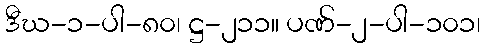
ဒီဃ-၁-ပါ-၈၀၊ ဋ္ဌ-၂၁၁။ ပဏ်-၂-ပါ-၁၀၁၊